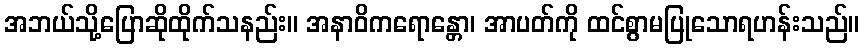
အဘယ်သို့ပြောဆိုထိုက်သနည်း။ အနာဝိကရောန္တော၊ အာပတ်ကို ထင်စွာမပြုသောရဟန်းသည်။